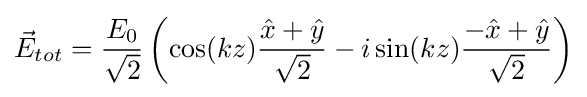
{\vec {E}}_{tot}={\frac {E_{0}}{\sqrt {2}}}\left(\cos(kz){\frac {{\hat {x}}+{\hat {y}}}{\sqrt {2}}}-i\sin(kz){\frac {-{\hat {x}}+{\hat {y}}}{\sqrt {2}}}\right)